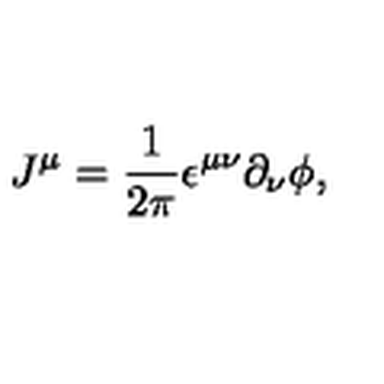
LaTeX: J ^ { \mu } = \frac { 1 } { 2 \pi } \epsilon ^ { \mu \nu } \partial _ { \nu } \phi ,